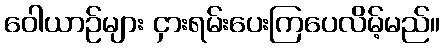
ဝေါယာဉ်များ ငှားရမ်းပေးကြပေလိမ့်မည်။